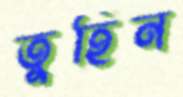
তুহিন